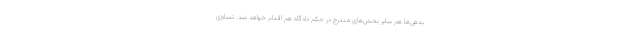
بدهی‌ها هم سایر بخش‌های مندرج در حکم دادگاه هم اقدام خواهد شد. تساوی